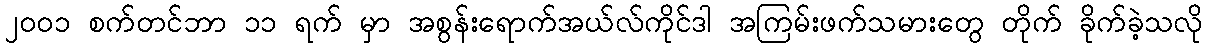
၂၀၀၁ စက်တင်ဘာ ၁၁ ရက် မှာ အစွန်းရောက်အယ်လ်ကိုင်ဒါ အကြမ်းဖက်သမားတွေ တိုက် ခိုက်ခဲ့သလို